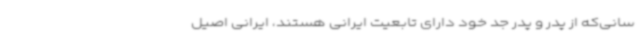
سانی‌که از پدر و پدر جد خود دارای تابعیت ایرانی هستند، ایرانی اصیل